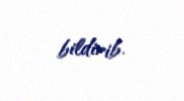
bildirib.